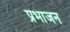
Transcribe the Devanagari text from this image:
प्रभाजन